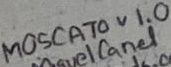
Text: MOSCATO v 1.0